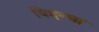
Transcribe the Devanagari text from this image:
विदग्धा